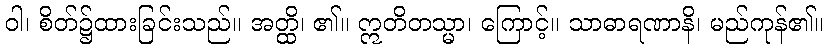
ဝါ၊ စိတ်၌ထားခြင်းသည်။ အတ္ထိ၊ ၏။ ဣတိတသ္မာ၊ ကြောင့်။ သာဓာရဏာနိ၊ မည်ကုန်၏။